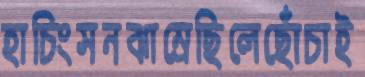
হাচিংসনঝাম্‌রেছিলেছোঁচাই